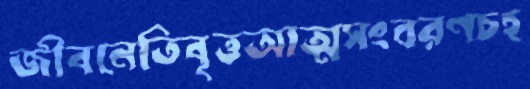
জীবনেতিবৃত্তআত্মসংবরণচহ